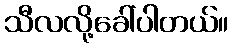
သီလလို့ခေါ်ပါတယ်။